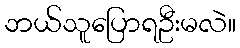
ဘယ်သူပြောရဦးမလဲ။